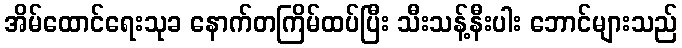
အိမ်ထောင်ရေးသုခ နောက်တကြိမ်ထပ်ပြီး သီးသန့်နီးပါး ဘောင်များသည်